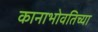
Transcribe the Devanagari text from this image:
कानाभोवतिच्या